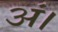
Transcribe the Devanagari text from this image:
अं।